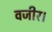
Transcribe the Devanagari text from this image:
वजीर।